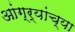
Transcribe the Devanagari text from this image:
आंग्र्यांच्या